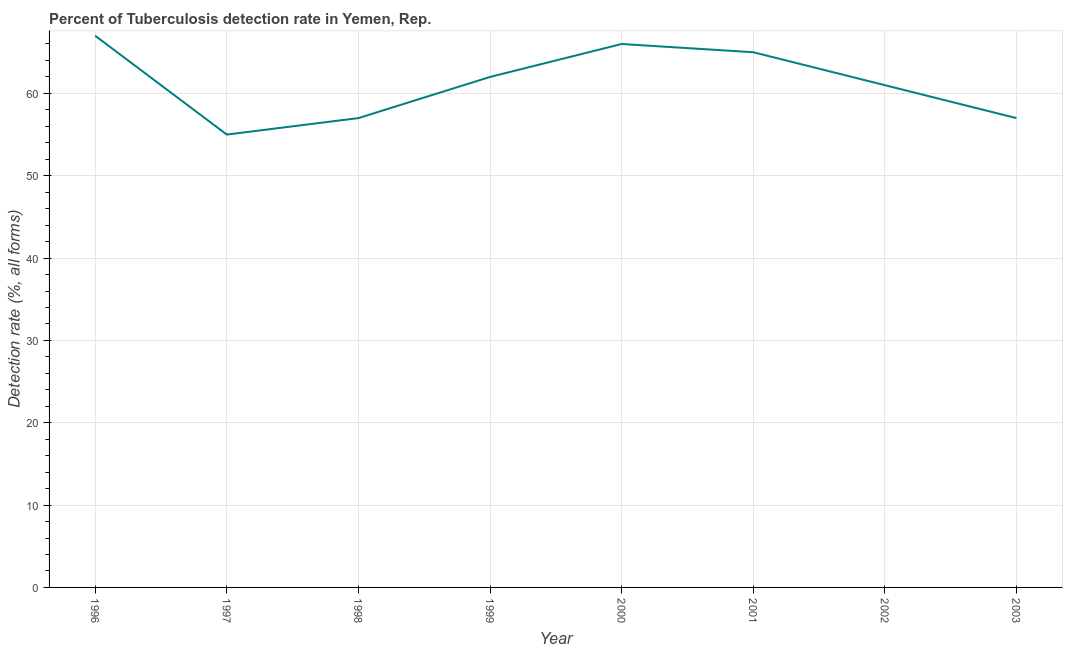
| Year | Tuberculosis case detection rate |
 | --- | --- |
 | 1996 | 67 |
 | 1997 | 55 |
 | 1998 | 57 |
 | 1999 | 62 |
 | 2000 | 66 |
 | 2001 | 65 |
 | 2002 | 61 |
 | 2003 | 57 |